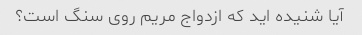
آیا شنیده اید که ازدواج مریم روی سنگ است؟